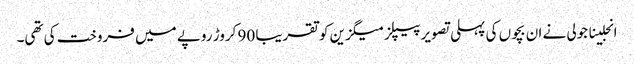
انجلینا جولی نے ان بچوں کی پہلی تصویر پیپلز میگزین کو تقریبا 90 کروڑ روپے میں فروخت کی تھی۔